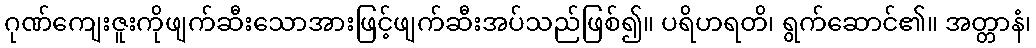
ဂုဏ်ကျေးဇူးကိုဖျက်ဆီးသောအားဖြင့်ဖျက်ဆီးအပ်သည်ဖြစ်၍။ ပရိဟရတိ၊ ရွက်ဆောင်၏။ အတ္တာနံ၊